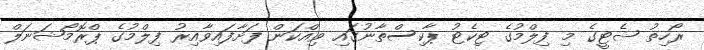
ރޯހިތު ޝެޓީގެ މި ފިލްމުގެ ޓިކެޓު ޕާކިސްތާނުގައި ވިއްކަން ފަށާފައިވާއިރު ފިލްމުގެ ޕްރޮމޯޝަނަލް